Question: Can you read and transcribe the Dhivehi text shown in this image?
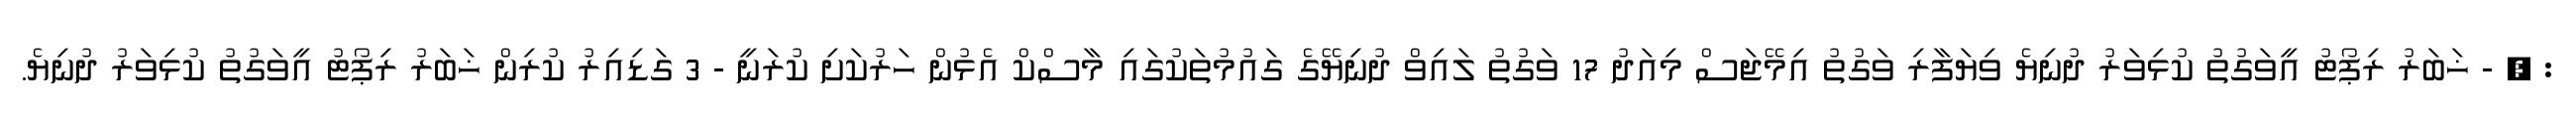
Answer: : , - ޚަބަރު ރިޕޯޓު އީވަގުތު ކުޅިވަރު ދުނިޔެ ވިޔަފާރި ވަގުތު އިމޭޖަސް މިއަދު 17 ވަގުތު ލައިވް ދުނިޔޭގެ ގައުމުތަކުގައި މާސްކް އެޅުން ހަރުކަށި ކުރަނީ - 3 ގަޑިއިރު ކުރިން ޚަބަރު ރިޕޯޓު އީވަގުތު ކުޅިވަރު ދުނިޔެ.